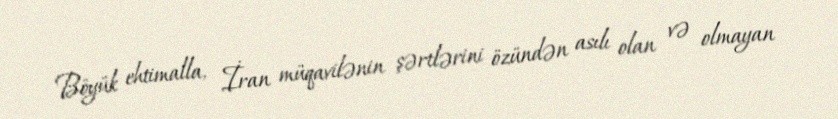
Böyük ehtimalla, İran müqavilənin şərtlərini özündən asılı olan və olmayan